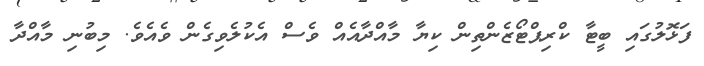
ފަޅޮލުގައި ބީޓާ ކްރިޕްޓޯޒެންތިން ކިޔާ މާއްދާއެއް ވެސް އެކުލެވިގެން ވެއެވެ. މިބުނި މާއްދާ